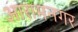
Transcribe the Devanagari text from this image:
आरामनगर